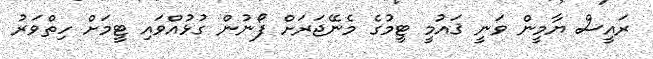
ރައީސް ޔާމީން ވަނީ ޤައުމީ ޓީމުގެ މެނޭޖަރަށް ފޯނުން ގުޅުއްވައި ޓީމަށް ހިތްވަރު